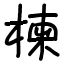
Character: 楝